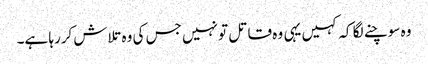
وہ سوچنے لگا کہ کہیں یہی وہ قاتل تو نہیں جس کی وہ تلاش کررہا ہے۔